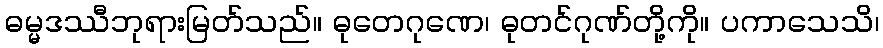
ဓမ္မဒဿီဘုရားမြတ်သည်။ ဓုတေဂုဏေ၊ ဓုတင်ဂုဏ်တို့ကို။ ပကာသေသိ၊